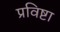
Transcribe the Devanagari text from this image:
प्रविष्टा